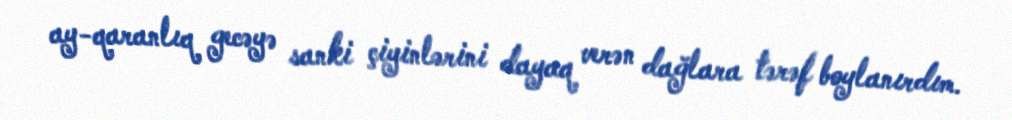
ay-qaranlıq gecəyə sanki çiyinlərini dayaq verən dağlara tərəf boylanırdım.